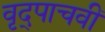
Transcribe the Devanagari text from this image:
वृद्पाचवीं